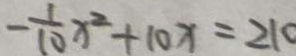
- \frac { 1 } { 1 0 } x ^ { 2 } + 1 0 x = 2 1 0